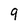
Character: 9